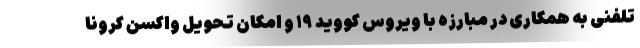
تلفنی به همکاری در مبارزه با ویروس کووید ۱۹ و امکان تحویل واکسن کرونا